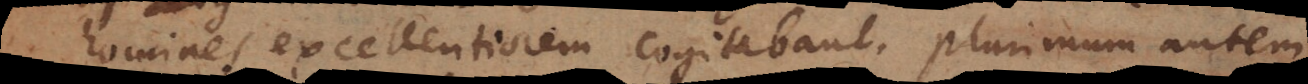
homines excellentiorem cogitabant. Plurimum autem